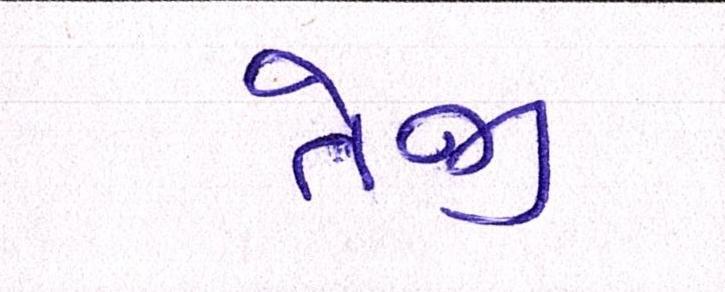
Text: તેજી